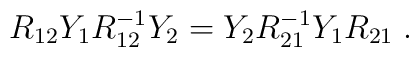
R_{12} Y_{1} R_{12}^{-1} Y_{2} = Y_{2} R^{-1}_{21} Y_{1} R_{21}\;.